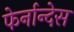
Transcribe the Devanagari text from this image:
फेर्नान्देस